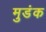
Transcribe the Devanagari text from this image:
मुडंक